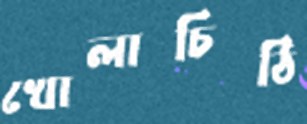
খোলাচিঠি